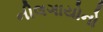
નીલગાયોનો